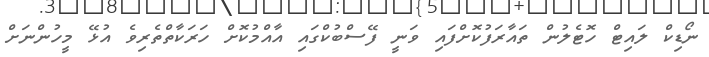
ނޯޑިކް ލައިޓް ހޮޓެލުން ތައާރަފުކޮށްފައި ވަނީ ފޭސްބުކްގައި އާއްމުކޮށް ހަރަކާތްތެރިވެ އުޅޭ މީހުންނަށް